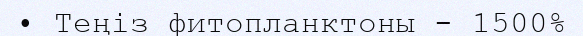
• Теңіз фитопланктоны - 1500%